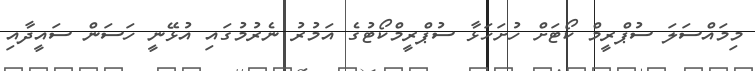
މިމައްސަލަ ސުޕްރީމް ކޯޓަށް ހުށަހަޅާ ސުޕްރީމްކޯޓުގެ އަމުރު ނެރުމުގައި އުޅޭނީ ހަސަން ސައީދާއި